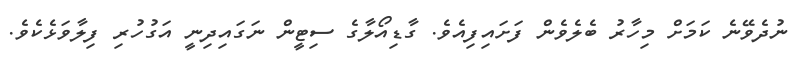
ނުދެވޭނެ ކަމަށް މިހާރު ބެލެވެން ފަށައިފިއެވެ. ގާޑިއޯލާގެ ސިޓީން ނަގައިދިނީ އަގުހުރި ފިލާވަޅެކެވެ.